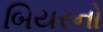
બિયરનો